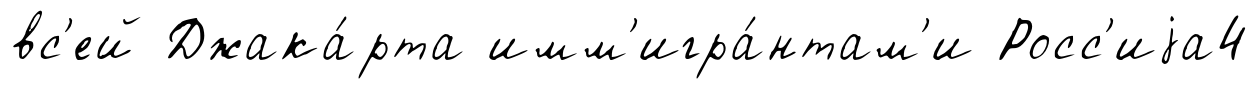
вс'ей Джака́рта имм'игра́нтам'и Росс'иjа4